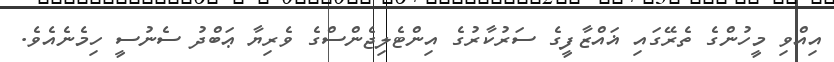
އިއްވި މީހުންގެ ތެރޭގައި ޣައްޒާފީގެ ސަރުކާރުގެ އިންޓެލިޖެންސްގެ ވެރިޔާ ޢަބްދު ސެނުސީ ހިމެނެއެވެ.